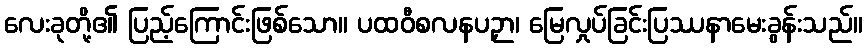
လေးခုတို့၏ ပြည့်ကြောင်းဖြစ်သော။ ပထဝီစလနပဉှာ၊ မြေလှုပ်ခြင်းပြဿနာမေးခွန်းသည်။